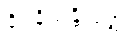
ခိပ္ပနိသန္တိသုတ္တံ